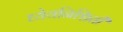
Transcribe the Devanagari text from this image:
ध्येयनिश्चिती